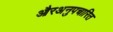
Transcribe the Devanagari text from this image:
औरअनुपचारित